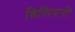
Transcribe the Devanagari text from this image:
बिलियनों